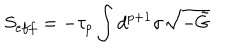
S _ { e f f } = - \tau _ { p } \int d ^ { p + 1 } \sigma \sqrt { - \tilde { G } }